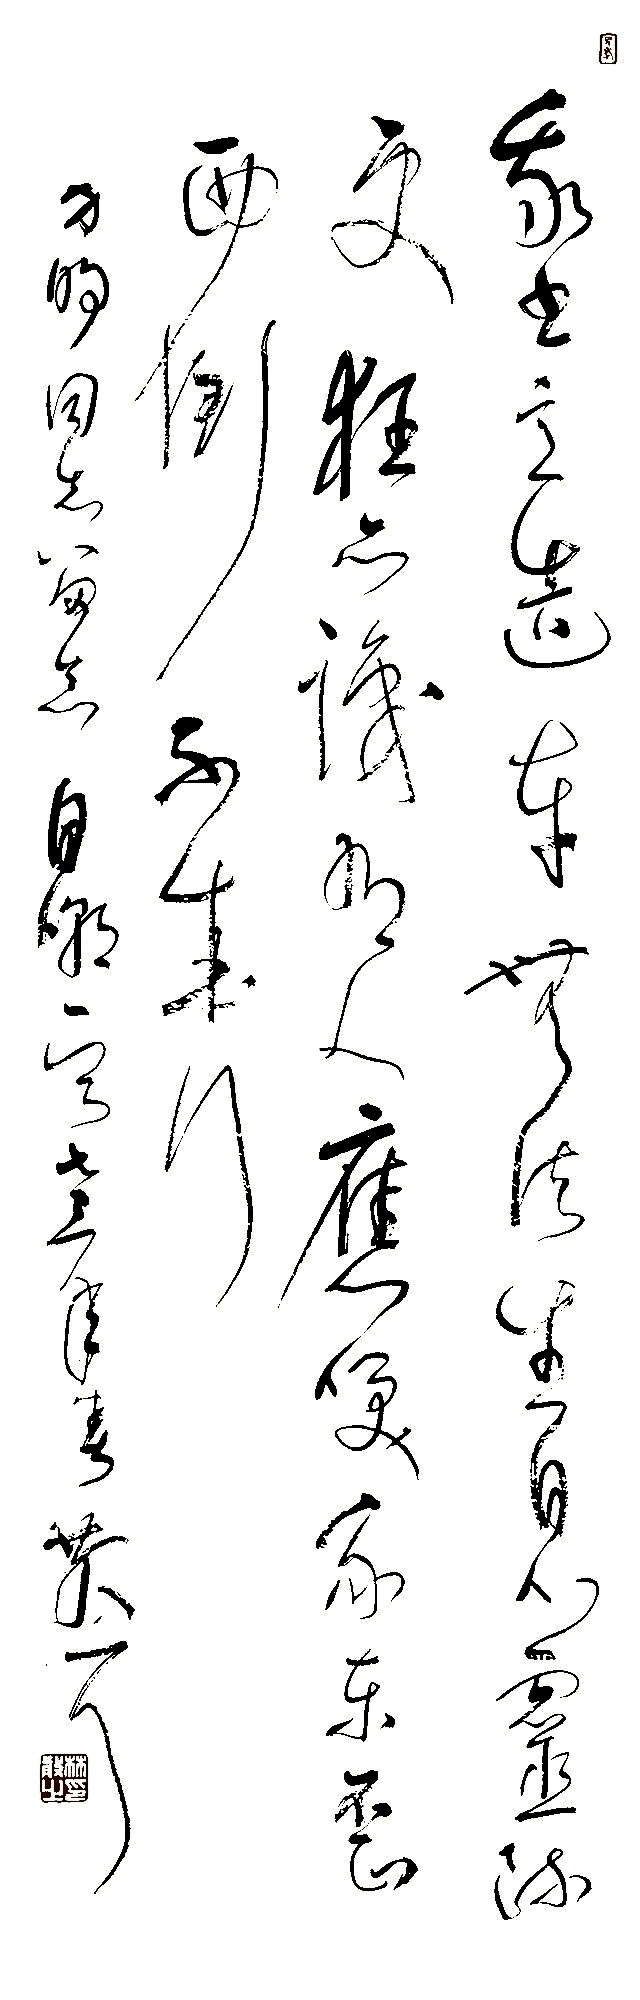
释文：我书意造本无法，生不心灵迹更狂。亦识有人应笑我，东歪西倒不成行。方明同志留念自嘲一首，七三年春散之。